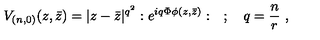
V _ { ( n , 0 ) } ( z , \bar { z } ) = | z - \bar { z } | ^ { q ^ { 2 } } : e ^ { i q \Phi \phi ( z , \bar { z } ) } : \quad ; \quad q = \frac { n } { r } \ ,